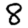
Digit: 8